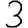
Digit: 3